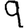
Digit: 9